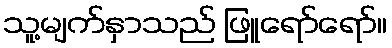
သူ့မျက်နှာသည် ဖြူရော်ရော်။